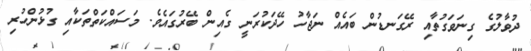
ދުވާލުގެ ގިނަވަގުތާއި ރޭގަނޑުން ބައެއް ނަޖާހު ހޭދަކުރަނީ ގެއިން ބޭރުގައެވެ. މަސައްކަތްތަކާއި ގުޅުންހުރި